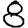
Digit: 8